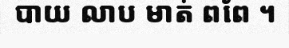
បាយ លាប មាត់ ពពែ ។